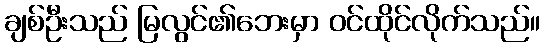
ချစ်ဦးသည် မြလွင်၏ဘေးမှာ ဝင်ထိုင်လိုက်သည်။